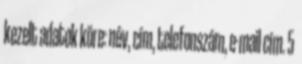
kezelt adatok köre: név, cím, telefonszám, e-mail cím. 5